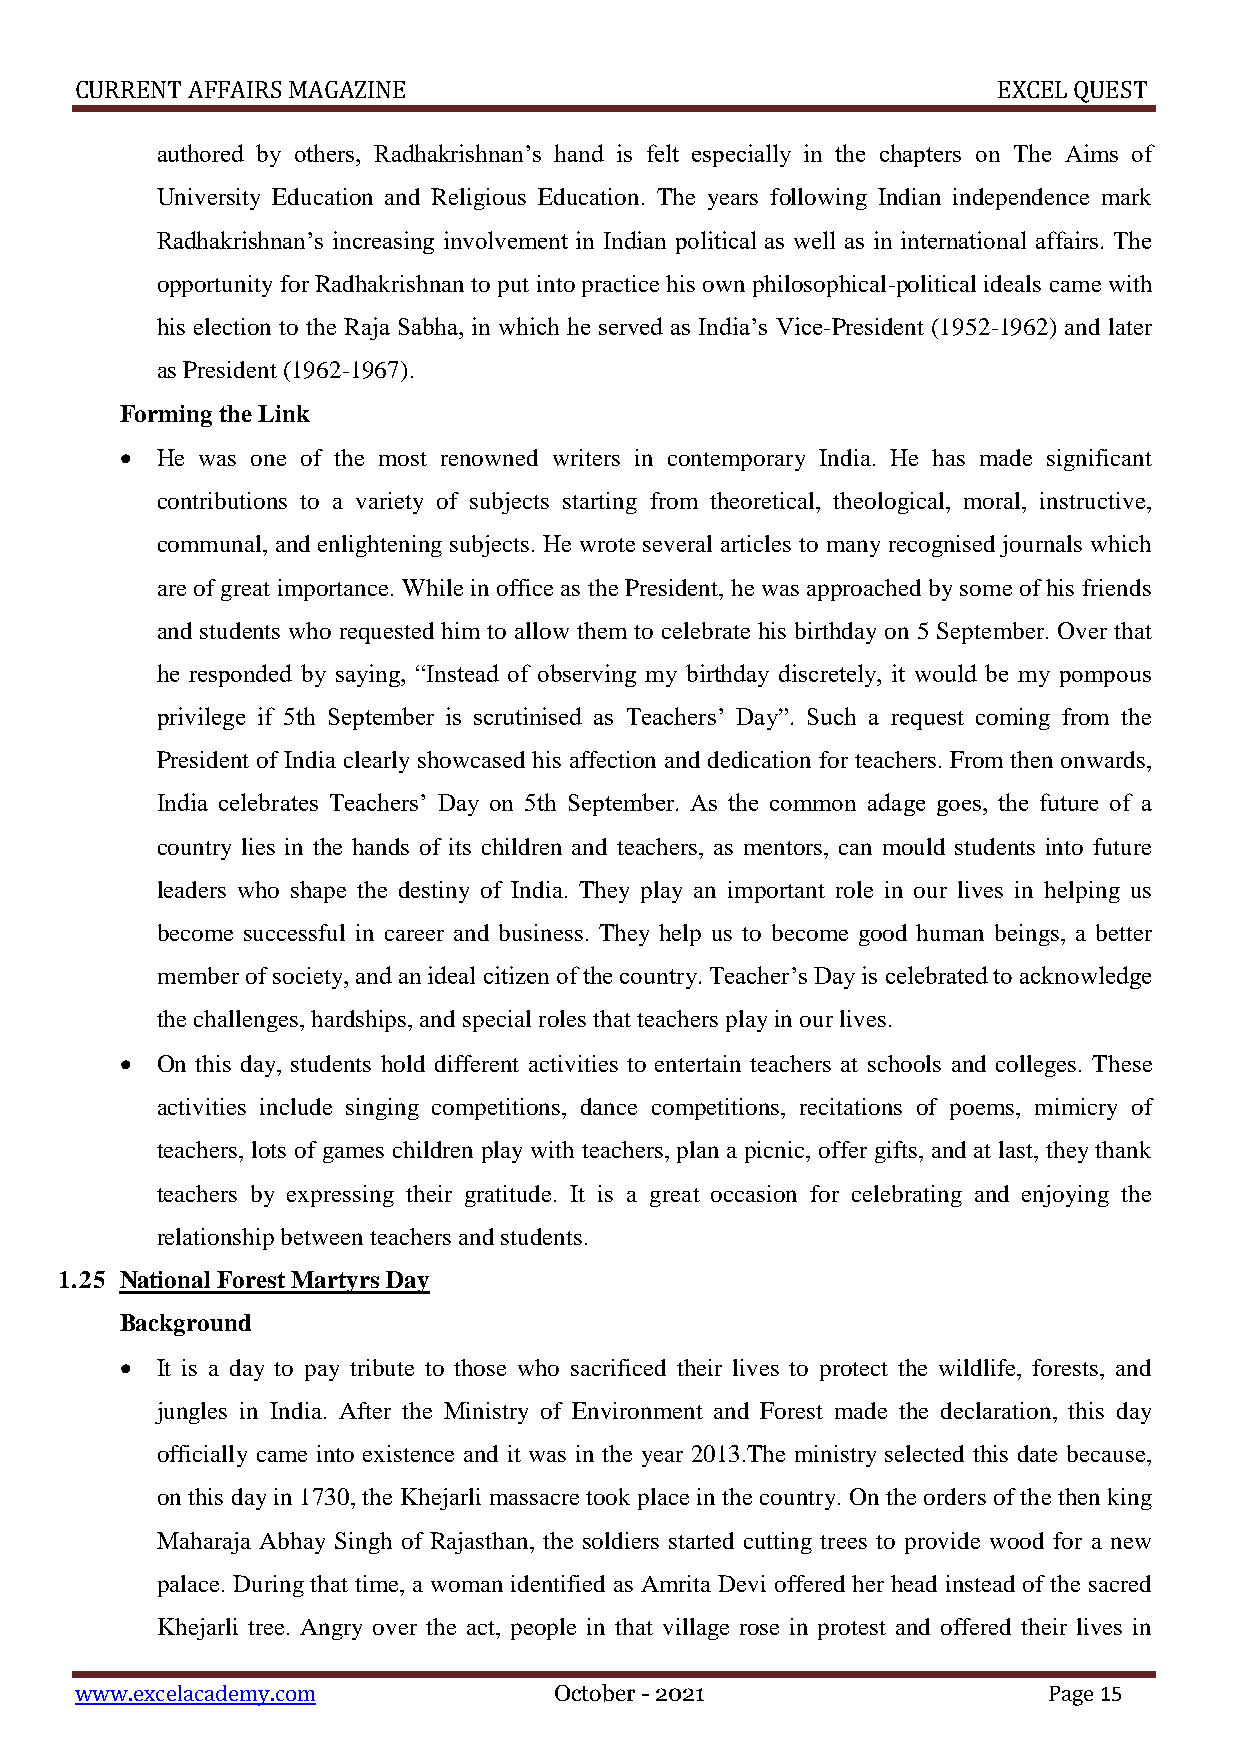
CURRENT AFFAIRS MAGAZINE                                     EXCEL QUEST
 authored by others, Radhakrishnan’s hand is felt especially in the chapters on The Aims of
 University Education and Religious Education. The years following Indian independence mark
 Radhakrishnan’s increasing involvement in Indian political as well as in international affairs. The
 opportunity for Radhakrishnan to put into practice his own philosophical-political ideals came with
 his election to the Raja Sabha, in which he served as India’s Vice-President (1952-1962) and later
 as President (1962-1967).
 Forming the Link
  He was one of the most renowned writers in contemporary India. He has made significant
 contributions to a variety of subjects starting from theoretical, theological, moral, instructive,
 communal, and enlightening subjects. He wrote several articles to many recognised journals which
 are of great importance. While in office as the President, he was approached by some of his friends
 and students who requested him to allow them to celebrate his birthday on 5 September. Over that
 he responded by saying, “Instead of observing my birthday discretely, it would be my pompous
 privilege if 5th September is scrutinised as Teachers’ Day”. Such a request coming from the
 President of India clearly showcased his affection and dedication for teachers. From then onwards,
 India celebrates Teachers’ Day on 5th September. As the common adage goes, the future of a
 country lies in the hands of its children and teachers, as mentors, can mould students into future
 leaders who shape the destiny of India. They play an important role in our lives in helping us
 become successful in career and business. They help us to become good human beings, a better
 member of society, and an ideal citizen of the country. Teacher’s Day is celebrated to acknowledge
 the challenges, hardships, and special roles that teachers play in our lives.
  On this day, students hold different activities to entertain teachers at schools and colleges. These
 activities include singing competitions, dance competitions, recitations of poems, mimicry of
 teachers, lots of games children play with teachers, plan a picnic, offer gifts, and at last, they thank
 teachers by expressing their gratitude. It is a great occasion for celebrating and enjoying the
 relationship between teachers and students.
 1.25 National Forest Martyrs Day
 Background
  It is a day to pay tribute to those who sacrificed their lives to protect the wildlife, forests, and
 jungles in India. After the Ministry of Environment and Forest made the declaration, this day
 officially came into existence and it was in the year 2013.The ministry selected this date because,
 on this day in 1730, the Khejarli massacre took place in the country. On the orders of the then king
 Maharaja Abhay Singh of Rajasthan, the soldiers started cutting trees to provide wood for a new
 palace. During that time, a woman identified as Amrita Devi offered her head instead of the sacred
 Khejarli tree. Angry over the act, people in that village rose in protest and offered their lives in
 www.excelacademy.com            October - 2021                  Page 15